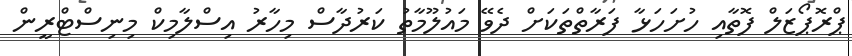
ޕްރޮޕޯޒަލް ފޮތާއި ހުށަހަޅާ ފަރާތްތަކަށް ދެވޭ މައުލޫމާތު ކަރުދާސް މިހާރު އިސްލާމިކް މިނިސްޓްރީން